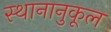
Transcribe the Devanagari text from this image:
स्थानानुकूल